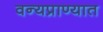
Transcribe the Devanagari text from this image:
वन्यप्राण्यात